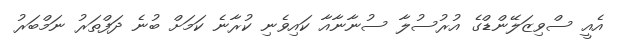
އެއީ ސްވިޒަލޭންޑްގެ އުރުސުލާ ސުނާނާއާ ކައިވެނި ކުރާނެ ކަމަށް ބުނެ ދަފްތަރު ނަމްބަރު